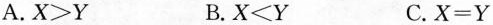
A.$$X>Y$$ B.$$X<Y$$ C.$$X=Y$$